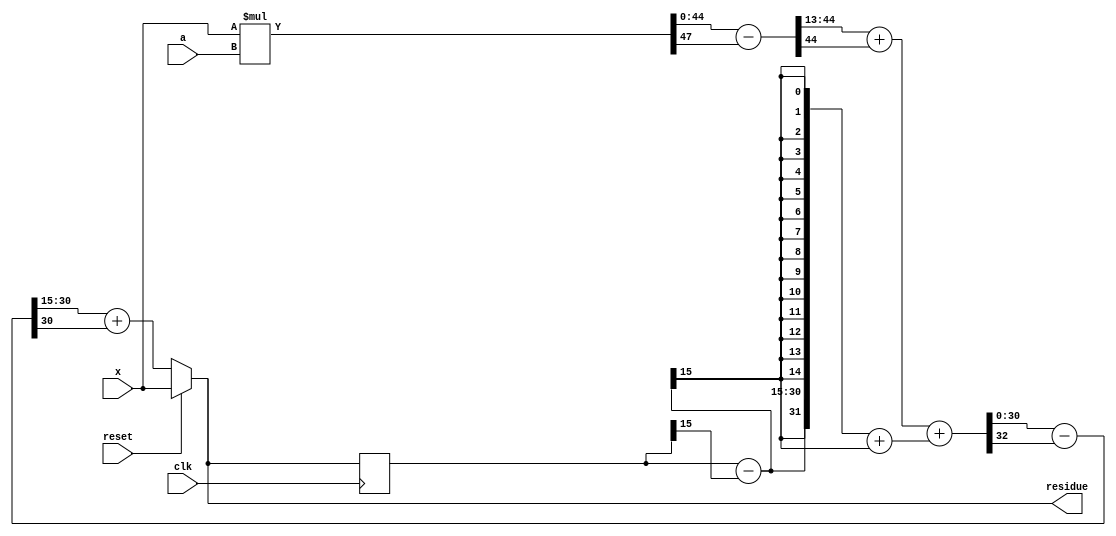
module ifilter_mad (
        input   wire clk, reset,
        input   wire signed [15:0] x, // 16,15
        input   wire signed [31:0] a, // 32, 28
        output  wire signed [15:0] residue // 16,15
    );

    wire signed [15:0] accumulate;
    reg signed [15:0] s_accumulate;

	always @ (posedge clk) begin
        if (reset)
            s_accumulate <= x;
        else
            s_accumulate <= accumulate;
	end

    
    wire signed [47:0] product = x * a; // a * 2^(-15) * b * 2^(-28) = ab * 2^(-30) * 2^(-13)
    wire signed [47:0] product_o = product - product[47];
    wire signed [31:0] product_s = product_o[44:13];
    wire signed [31:0] product_t = product_s + product_s[31];

    wire signed [15:0] s_accumulate_o = s_accumulate - s_accumulate[15];
    wire signed [31:0] s_accumulate_s = { s_accumulate_o[15], s_accumulate_o, {15{s_accumulate_o[15]}}}; // a * 2^(-15) = a * 2^(-30) * 2^(15)
    wire signed [31:0] s_accumulate_t = s_accumulate_s + s_accumulate_s[31];

    wire signed [32:0] accumulate_t = product_t + s_accumulate_t;
    wire signed [32:0] accumulate_o = accumulate_t - accumulate_t[32];
    wire signed [15:0] accumulate_s = accumulate_o[30:15];
    assign accumulate = accumulate_s + accumulate_s[15];

    assign residue = reset ? x : accumulate;

endmodule